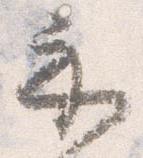
示